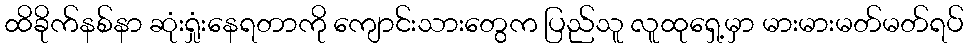
ထိခိုက်နစ်နာ ဆုံးရှုံးနေရတာကို ကျောင်းသားတွေက ပြည်သူ လူထုရှေ့မှာ မားမားမတ်မတ်ရပ်